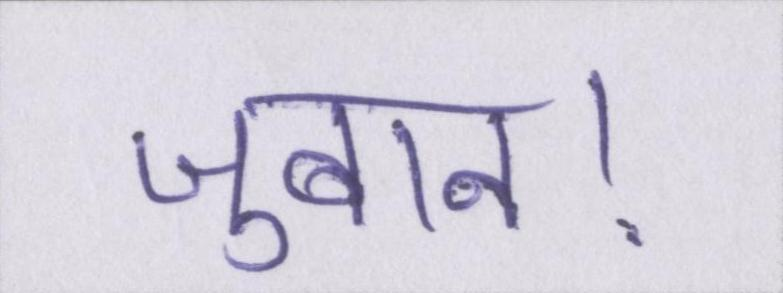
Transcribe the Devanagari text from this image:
जुबान।